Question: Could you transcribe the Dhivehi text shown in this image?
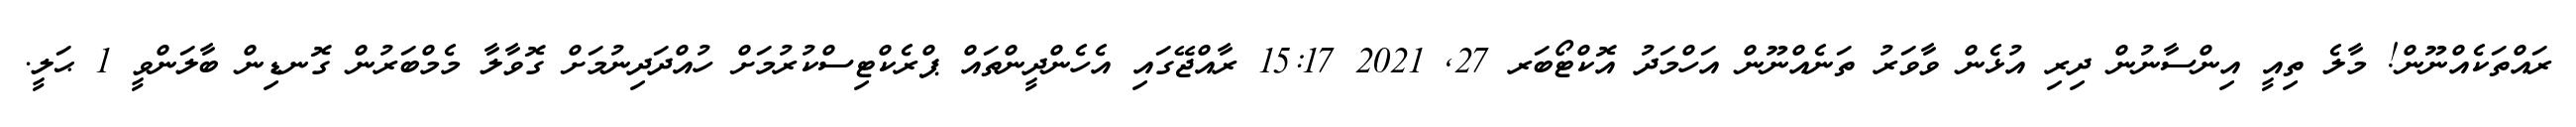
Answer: ރައްތަކެއްނޫން! މާލެ ތިއީ އިންސާނުން ދިރި އުޅެން ވާވަރު ތަނެއްނޫން އަހްމަދު އޮކްޓޯބަރ 27, 2021 15:17 ރާއްޖޭގައި އެހެންދީންތައް ޕްރެކްޓިސްކުރުމަށް ހުއްދަދިނުމަށް ގޮވާލާ މެމްބަރުން ގޮނޑިން ބާލަންވީ 1 ޙަލީ.